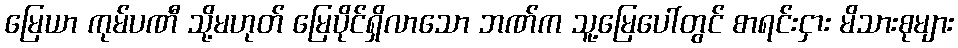
မြေယာ ကုမ်ပဏီ သို့မဟုတ် မြေပိုင်ရှိလာသော ဘဏ်က သူ့မြေပေါ်တွင် စာရင်းငှား မိသားစုများ